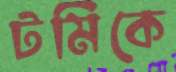
টমিকে